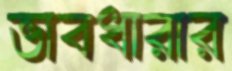
ভাবধারার